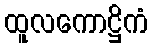
ထူလကောဋ္ဌိကံ